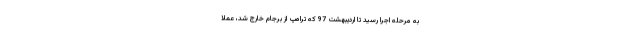
به مرحله اجرا رسيد تا ارديبهشت 97 كه ترامپ از برجام خارج شد، عملا